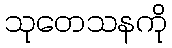
သုတေသနကို